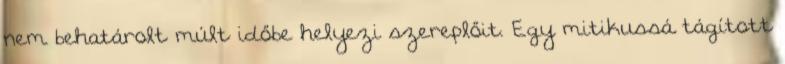
nem behatárolt múlt időbe helyezi szereplőit. Egy mitikussá tágított